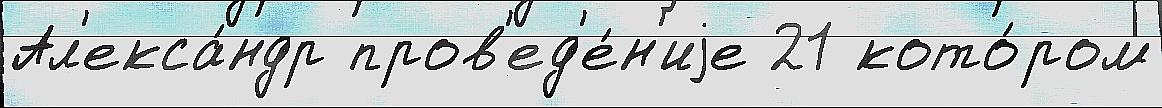
Ал'екса́ндр пров'ед'е́н'иjе 21 кото́ром